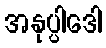
အနုပ္ပါဒေါ